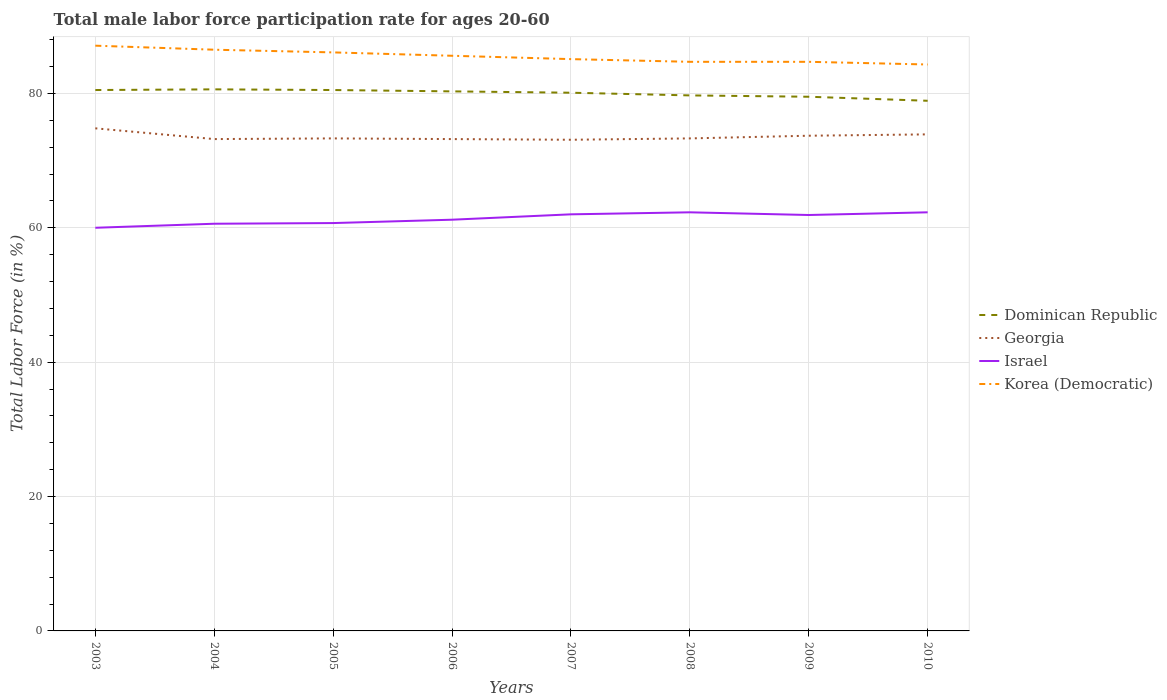
| Years | Dominican Republic | Georgia | Israel | Korea (Democratic) |
 | --- | --- | --- | --- | --- |
 | 2003 | 80.5 | 74.8 | 60 | 87.1 |
 | 2004 | 80.6 | 73.2 | 60.6 | 86.5 |
 | 2005 | 80.5 | 73.3 | 60.7 | 86.1 |
 | 2006 | 80.3 | 73.2 | 61.2 | 85.6 |
 | 2007 | 80.1 | 73.1 | 62 | 85.1 |
 | 2008 | 79.7 | 73.3 | 62.3 | 84.7 |
 | 2009 | 79.5 | 73.7 | 61.9 | 84.7 |
 | 2010 | 78.9 | 73.9 | 62.3 | 84.3 |